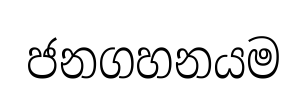
ජනගහනයම